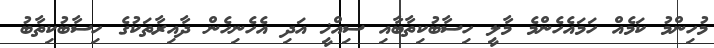
މުހިންމު ކަމެއް ހަމައެހެންމެ މާލީ ހިސާބުކިތާބާއި ސިއްޚީ އަދި އެހެނިހެން ދާއިރާތަކުގެ ހިސާބުކިތާބު